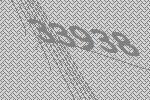
33938